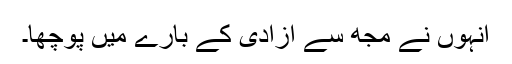
انہوں نے مجھ سے آزادی کے بارے میں پوچھا۔